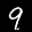
Label: 9